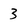
Character: 3